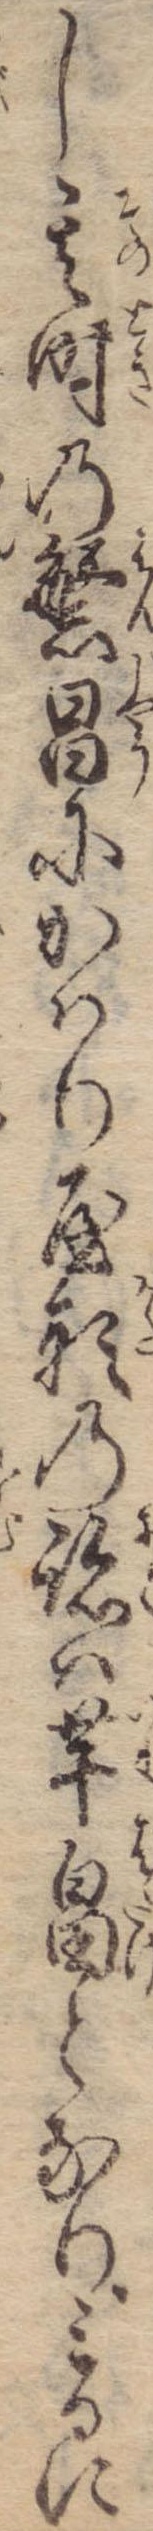
し其時の繁昌にかはり屋形の跡は芋畠となりみるに